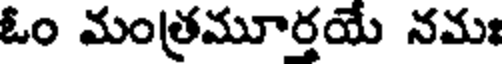
ఓం మంత్రమూర్తయే నమః